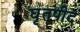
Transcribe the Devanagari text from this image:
घृतपीद